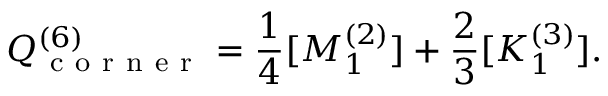
Q _ { \mathrm { ~ c ~ o ~ r ~ n ~ e ~ r ~ } } ^ { ( 6 ) } = \frac { 1 } { 4 } [ M _ { 1 } ^ { ( 2 ) } ] + \frac { 2 } { 3 } [ K _ { 1 } ^ { ( 3 ) } ] .